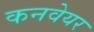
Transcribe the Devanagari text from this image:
कनवेयर